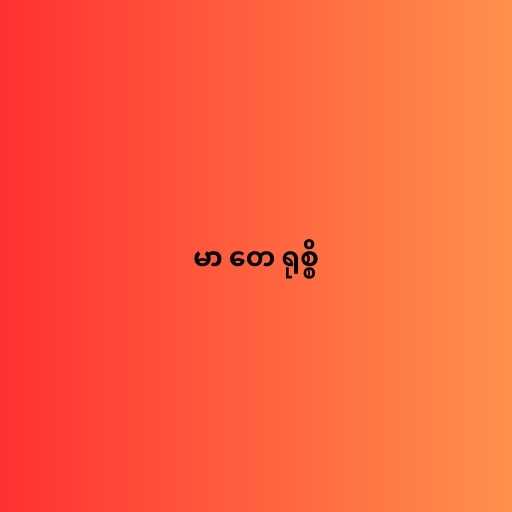
မာ တေ ရုစ္စိ